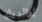
لوالديك